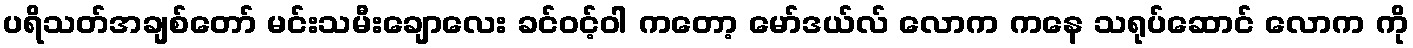
ပရိသတ်အချစ်တော် မင်းသမီးချောလေး ခင်ဝင့်ဝါ ကတော့ မော်ဒယ်လ် လောက ကနေ သရုပ်ဆောင် လောက ကို